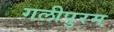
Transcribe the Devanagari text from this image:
गलीपुरम